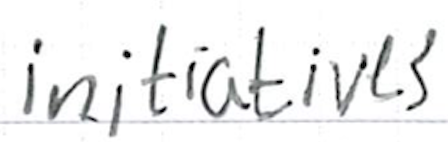
Text: initiatives
Cross-out: clean
Writing tool: ballpoint